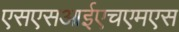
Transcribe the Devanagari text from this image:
एसएसआईएचएमएस